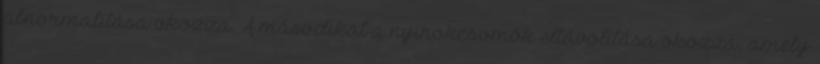
abnormalitása okozza. A másodikat a nyirokcsomók eltávolítása okozza, amely